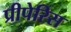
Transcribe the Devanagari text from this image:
प्रीपेरिस